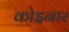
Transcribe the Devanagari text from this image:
कोइनार